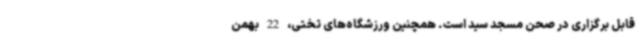
قابل برگزاری در صحن مسجد سید است. همچنین ورزشگاه‌های تختی، 22 بهمن